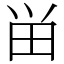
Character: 畄